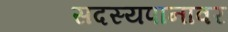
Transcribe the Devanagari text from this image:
सदस्यपानावर